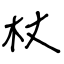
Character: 杖